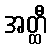
အတ္ထီ